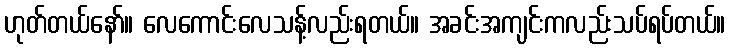
ဟုတ်တယ်နော်။ လေကောင်းလေသန့်လည်းရတယ်။ အခင်းအကျင်းကလည်းသပ်ရပ်တယ်။